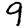
Digit: 9